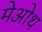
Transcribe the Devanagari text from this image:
मेओथ